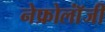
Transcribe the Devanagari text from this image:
नेफ्रोलॉंजी